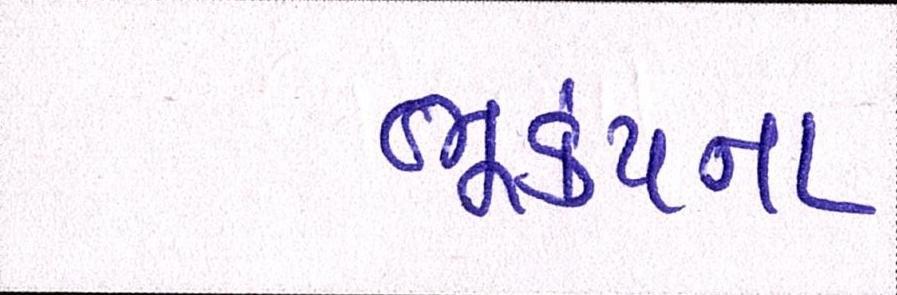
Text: ભૂકંપના